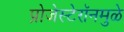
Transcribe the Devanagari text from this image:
प्रोजेस्टेरॉनमुळे